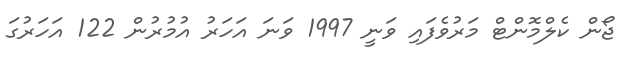
ޖޯން ކެލްމޮންޓް މަރުވެފައި ވަނީ 1997 ވަނަ އަހަރު އުމުރުން 122 އަހަރުގަ